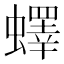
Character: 蠌